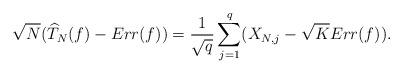
LaTeX: \begin{align*}\sqrt{N}(\widehat{T}_N(f)-Err(f))=\frac{1}{\sqrt{q}}\sum_{j=1}^q (X_{N,j} - \sqrt{K}Err(f)).\end{align*}